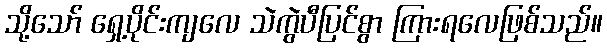
သို့သော် ရှေ့ပိုင်းကျလေ သဲကွဲပီပြင်စွာ ကြားရလေဖြစ်သည်။